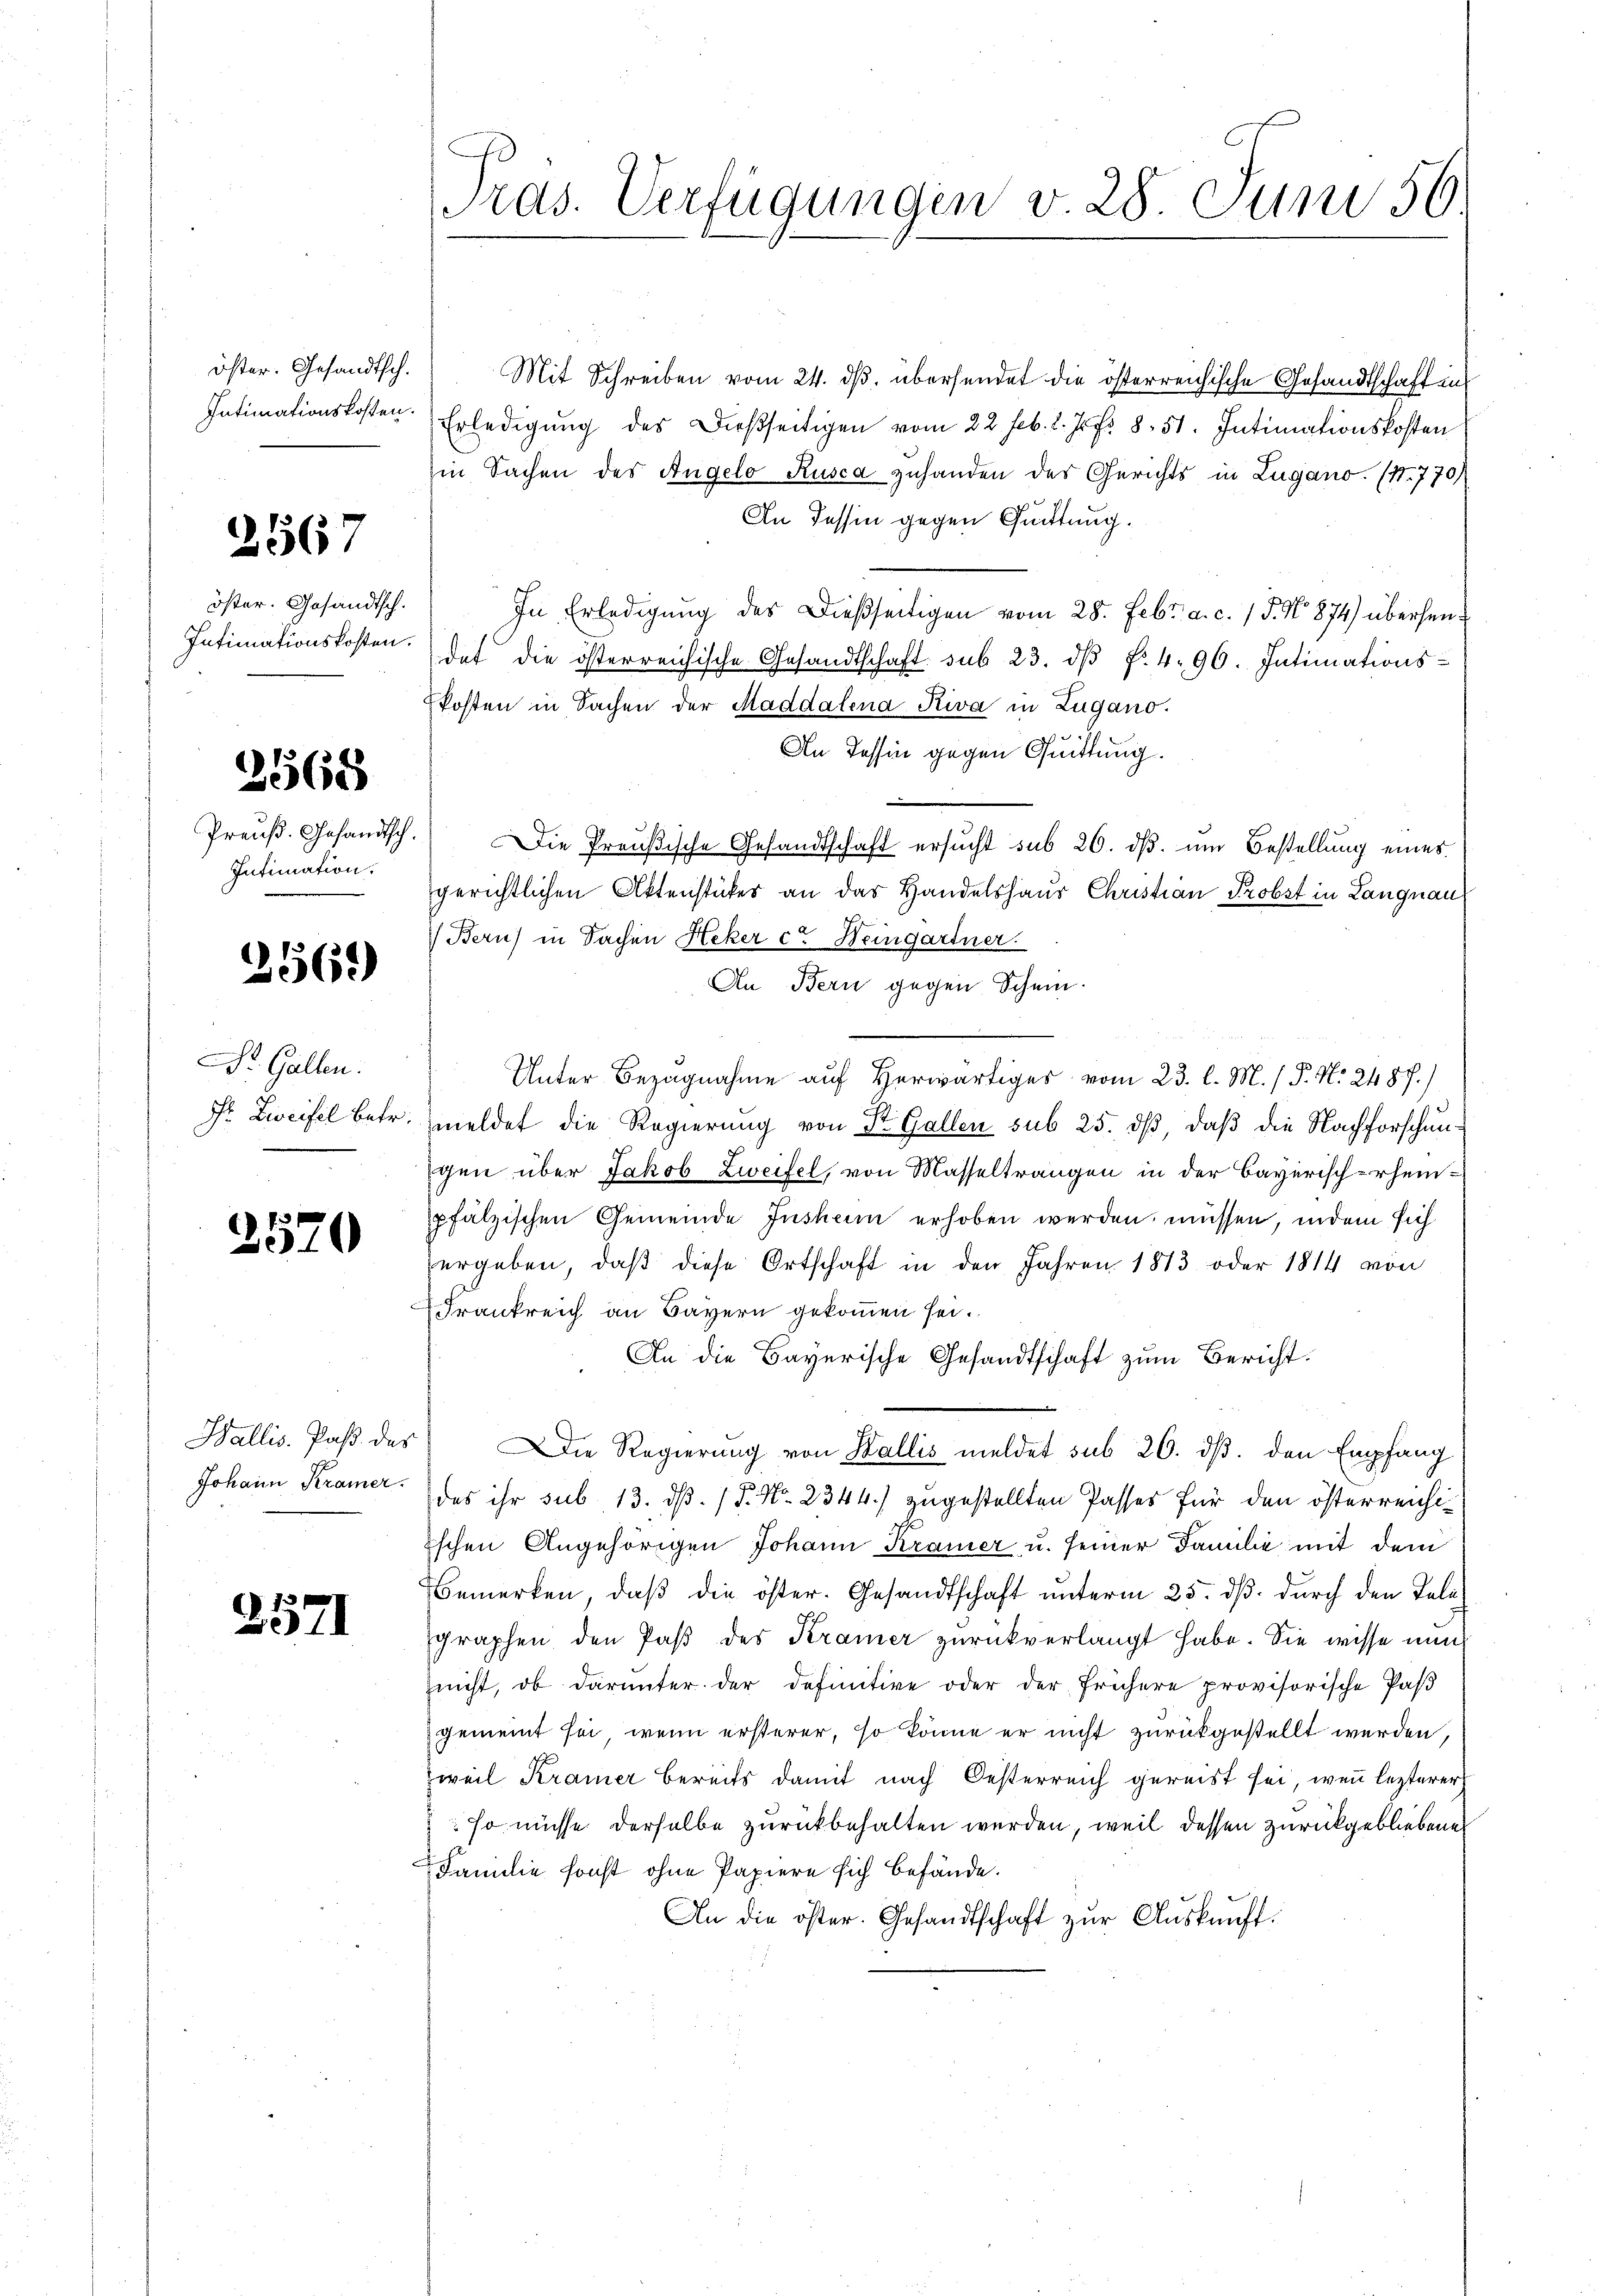
öster. Gesandtsch.
Intimationskosten.

2567

öster. Gesandtsch.
Intimationskosten.

2568

Preuß. Gesandtsch.
Intimation.

2569)

Dr. Gallen.
Dr. Liveifel betr.

73 f
10

Wallis. Paß. des
Johann Kramer.

2571

Pras. Verfügungen v. 28. Juni 56

Mit Schreiben vom 24. ds. übersendet die österreichische Gesandtschaft in
Erledigung des dießseitigen vom 22. Feb. 2. Js. f. 8. 51. Intimationskosten
in Sachen des Angelo Rusca zuhanden des Gerichts in Lugano. (N. 770)
In Tessin gegen Guittung.
In Erledigung des Dießseitigen vom 28. Febr. a. c. 15. No 874) übersendet die österreichische Gesandtschaft sub 23. dβ fr. 4. 96. Intimations-
kosten in Sachen der Maddalena Riva in Zugano.
In Tessin gegen Quittung.
Die Preußische Gesandtschaft ersucht sub 26. dβ. um Bestellung eines
gerichtlichen Aktenstückes an das Handelshaus Christian Probst in Langnau
Bern) in Sachen Heker et Heingartner.
An Bern gegen Schein.
Unter Bezugnahme auf Herwärtiges vom 23. l. M. / P. Nr. 248 f.)
meldet die Regierung von Dr. Gallen sub 25. dß daß die Nachforschungen über Jakob Zweifel, von Masseltrangen in der Bayerisch-rheinpfälzischen Gemeinde Inshein erhoben werden müssen, indem sich
ergeben, daβ diese Ortschaft in den Jahren 1813 oder 1814 von
Frankreich an Bayern gekommen sei.
An die Bayerische Gesandtschaft zum Bericht.
Die Regierung von Wallis meldet sub 26. ds. den Empfang
das ihr sub 13. dß. / P. Nr. 2344.) zugestellten Passes für den österreichischen Angehörigen Johann Kramer u. seiner Familie mit dem
Bemerken, daß die öster. Gesandtschaft unterm 25. dß. durch den Telegraphen den Paß des Kramer zurückverlangt habe. Sie wisse nun
zeicht, ob darunter der definitive oder der frühere provisorische Pas
gemeint sei, wenn ersterer, so könne er nicht zurückgestellt werden,
zweil Kramer bereits damit nach Oesterreich gereist sei, wenn lezterer
so müsse derselbe zurückbehalten werden, weil dessen zurückgebliebene
Familie sonst ohne Papiere sich befände.
An die öster. Gesandtschaft zur Auskunft.